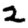
Digit: 2